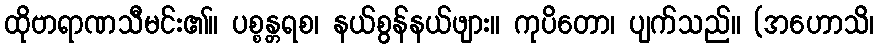
ထိုဗာရာဏသီမင်း၏။ ပစ္စန္တရစ၊ နယ်စွန်နယ်ဖျား။ ကုပိတော၊ ပျက်သည်။ (အဟောသိ၊